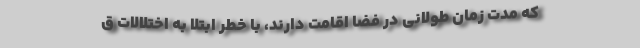
که مدت زمان طولانی در فضا اقامت دارند، با خطر ابتلا به اختلالات ق